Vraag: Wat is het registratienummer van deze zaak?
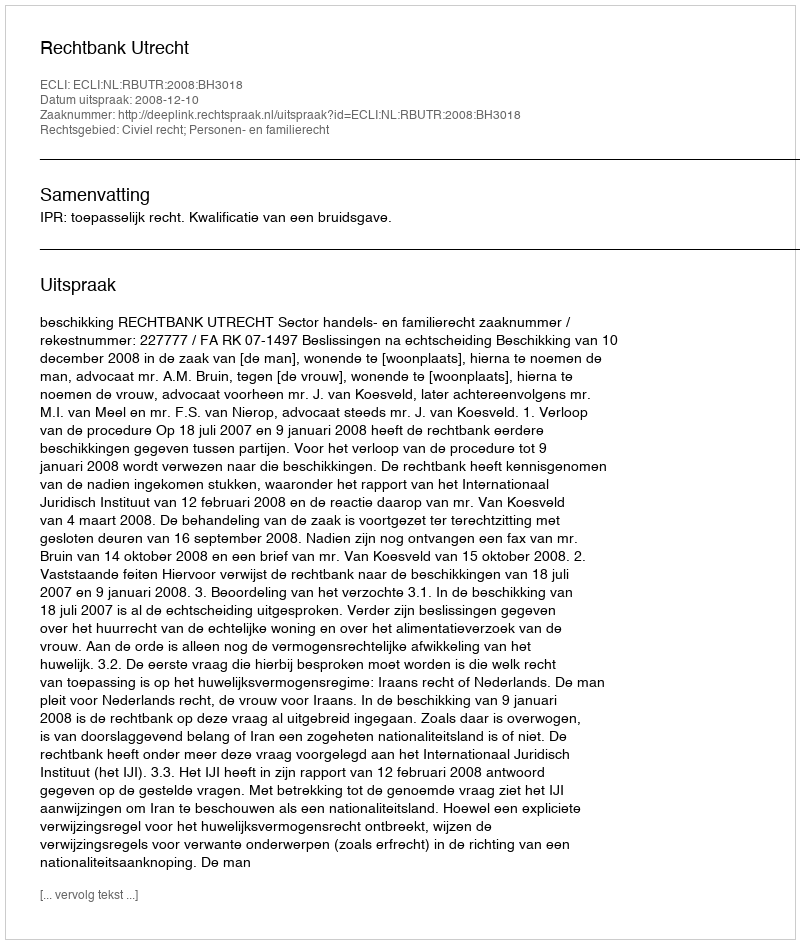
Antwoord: http://deeplink.rechtspraak.nl/uitspraak?id=ECLI:NL:RBUTR:2008:BH3018